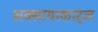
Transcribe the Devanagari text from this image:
अक्सायाकाट्ल